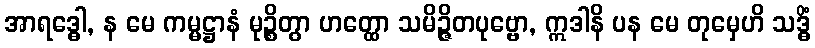
အာရဒ္ဓေါ, န မေ ကမ္မဋ္ဌာနံ မုဉ္စိတွာ ဟတ္ထော သမိဉ္ဇိတပုဗ္ဗော, ဣဒါနိ ပန မေ တုမှေဟိ သဒ္ဓိံ